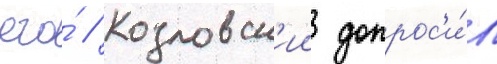
его́ // Козловск'ии допрос'и́л